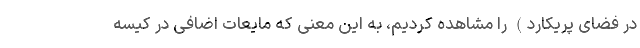
در فضای پریکارد) را مشاهده کردیم، به این معنی که مایعات اضافی در کیسه